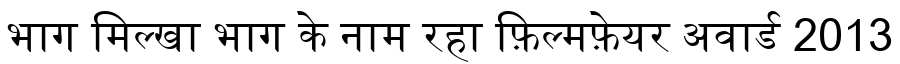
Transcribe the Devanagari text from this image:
भाग मिल्खा भाग के नाम रहा फ़िल्मफ़ेयर अवार्ड 2013